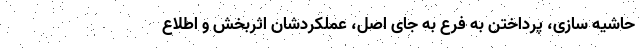
حاشیه‌ سازی، پرداختن به فرع به جای اصل، عملکردشان اثربخش و اطلاع‌